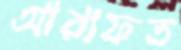
আরাফত